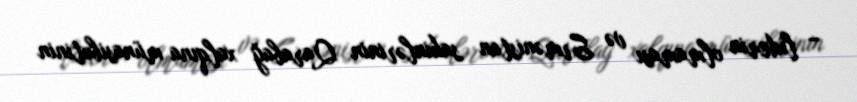
– liderin olmaması və Ermənistan sakinlərinin Qarabağ xalqına münasibətinin